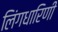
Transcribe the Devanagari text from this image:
लिंगधारिणी